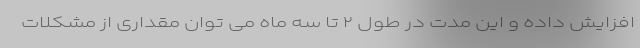
افزایش داده و این مدت در طول ۲ تا سه ماه می توان مقداری از مشکلات